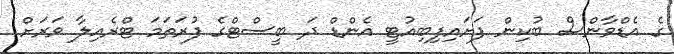
ގެ އެޑްވާންސް ބުކިން ފަށައިފިބިއުޓީ އެންޑް ދަ ބީސްޓްގެ ފުރަތަމަ ޓްރެއިލާ ވަރަށް